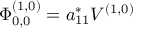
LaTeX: \Phi _ { 0 , 0 } ^ { ( 1 , 0 ) } = a _ { 1 1 } ^ { * } V ^ { ( 1 , 0 ) }